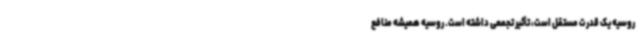
روسیه یک قدرت مستقل است، تأثیر تجمعی داشته است. روسیه همیشه منافع